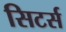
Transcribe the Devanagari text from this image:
सिटर्स